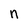
Character: n